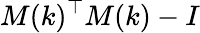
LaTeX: M(k)^{\top}M(k)-I